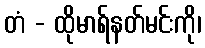
တံ - ထိုမာရ်နတ်မင်းကို၊